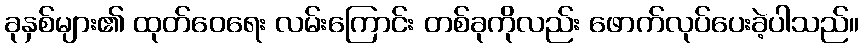
ခုနှစ်များ၏ ထုတ်ဝေရေး လမ်းကြောင်း တစ်ခုကိုလည်း ဖောက်လုပ်ပေးခဲ့ပါသည်။